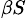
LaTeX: _{\beta S}